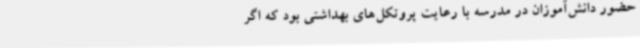
حضور دانش‌آموزان در مدرسه با رعایت پروتکل‌های بهداشتی بود که اگر